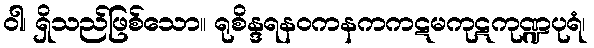
ဝါ၊ ရှိသည်ဖြစ်သော။ ရုစိန္ဒရနဝကနကကဋမကုဋကုဏ္ဍပုရံ၊